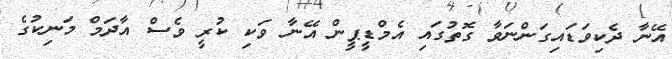
އޭނާ ދެކިވަޑައިގަންނަވާ ގޮތުގައި އެމްޑީޕީން އޭނާ ވަކި ކުރީ ވެސް އާދަމް މަނިކުގެ